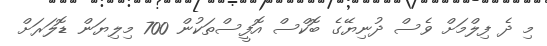
މި ދެ ފިލްމަށް ވެސް ދުނިޔޭގެ ބޮކްސް އޮފީސްތަކުން 700 މިލިޔަން ޑޮލަރަށް